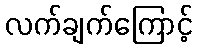
လက်ချက်ကြောင့်